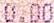
0.00